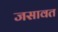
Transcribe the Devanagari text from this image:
जसावत